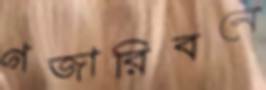
গজারিবনে